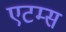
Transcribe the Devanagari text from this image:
एटम्स